画像に写った文字を読んでください
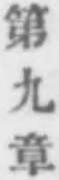
「第九章」と書いてあります